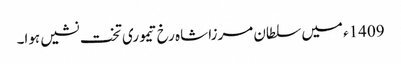
1409ء میں سلطان مرزا شاہ رخ تیموری تخت نشیں ہوا۔